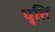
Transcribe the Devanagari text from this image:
धृतिं